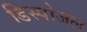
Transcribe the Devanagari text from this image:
डिस्पोजल